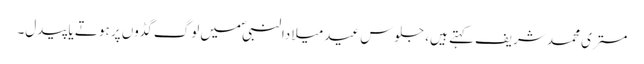
مستری محمد شریف کہتے ہیں، جلوس عید میلادالنبیؐ میں لوگ گڈوں پر ہوتے یا پیدل۔